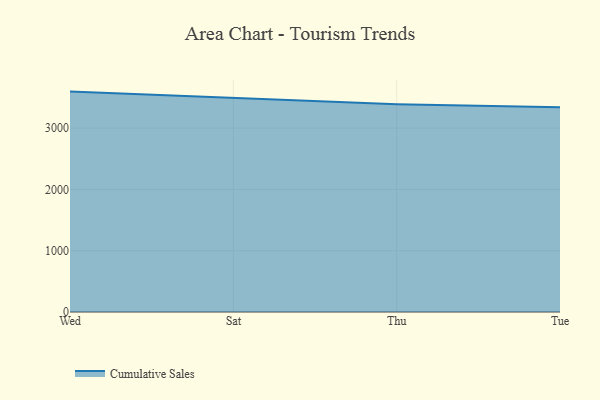
{"axis": {"x": "Day", "y": "Churn Rate (%)"}, "legend": ["Cumulative Sales"], "data": [{"x": "Wed", "y": 3595.2, "type": "Cumulative Sales"}, {"x": "Sat", "y": 3496.1, "type": "Cumulative Sales"}, {"x": "Thu", "y": 3387.3, "type": "Cumulative Sales"}, {"x": "Tue", "y": 3339.5, "type": "Cumulative Sales"}]}